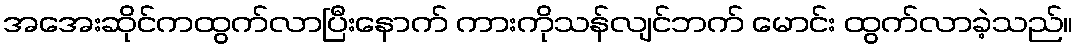
အအေးဆိုင်ကထွက်လာပြီးနောက် ကားကိုသန်လျင်ဘက် မောင်း ထွက်လာခဲ့သည်။